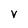
Character: v